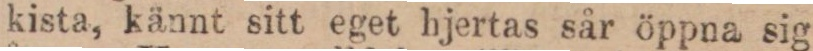
kista, kännt sitt eget hjertas sår öppna sig